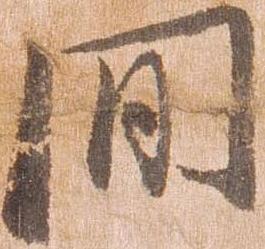
間